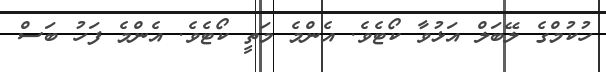
ހުކުމްގެ ލޭބަލް އަޅުވާ ކޯޓެވެ. އެންމެ މަތީ ކޯޓެވެ. އެންމެ ފަހު ބަސް